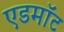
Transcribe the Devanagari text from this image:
एडमॉट